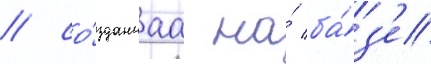
/ со́зданнаа на́ ба́з'е